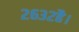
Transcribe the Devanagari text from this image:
२६३२है।